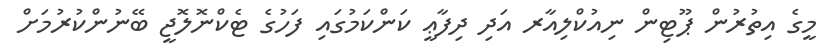
މީގެ އިތުރުން ޕޫޓިން ނިއުކްލިއާރ އަދި ދިފާޢީ ކަންކަމުގައި ފަހުގެ ޓެކްނޮލޮޖީ ބޭނުންކުރުމަށް